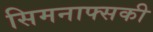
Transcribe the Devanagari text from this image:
सिमनाफ्सकी